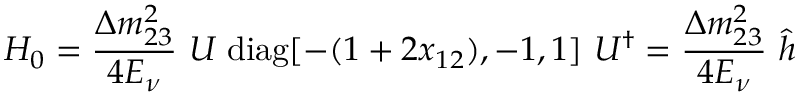
{ \cal H } _ { 0 } = { \frac { \Delta m _ { 2 3 } ^ { 2 } } { 4 E _ { \nu } } } ~ U \; \mathrm { d i a g } [ - ( 1 + 2 x _ { 1 2 } ) , - 1 , 1 ] ~ U ^ { \dagger } = { \frac { \Delta m _ { 2 3 } ^ { 2 } } { 4 E _ { \nu } } } ~ { \hat { h } }